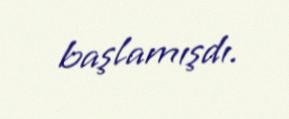
başlamışdı.